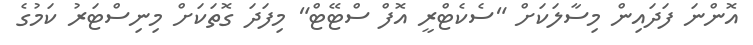
އޮންނަ ފަދައިން މިސާލަކަށް "ސެކެޓްރީ އޮފް ސްޓޭޓް" މިފަދަ ގޮތަކަށް މިނިސްޓަރު ކަމުގެ